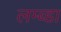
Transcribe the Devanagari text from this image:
लम्ब्डा